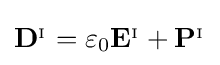
\mathbf {D} ^{_{\mathrm {I} }}=\varepsilon _{0}\mathbf {E} ^{_{\mathrm {I} }}+\mathbf {P} ^{_{\mathrm {I} }}